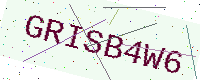
Text: GRISB4W6